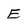
Character: E